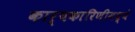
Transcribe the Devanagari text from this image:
कार्यकारिणीमध्ये